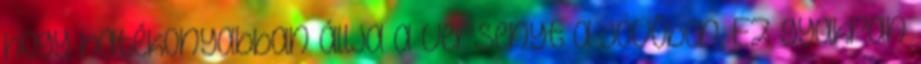
hogy hatékonyabban állja a versenyt a jövőben. Ez gyakran